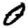
Digit: 0